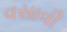
વસાવી